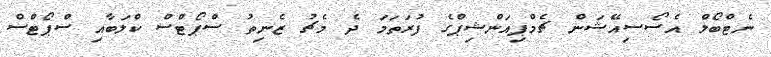
ނެޓްބޯލް އެސޯސިއޭޝަން ޗެމްޕިއަންޝިޕްގެ ފުރަތަމަ ދެ މެޗު ޒެނިތު ސްޕޯޓްސް ކްލަބާއި ސްޕޯޓްސް